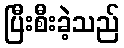
ပြီးစီးခဲ့သည်